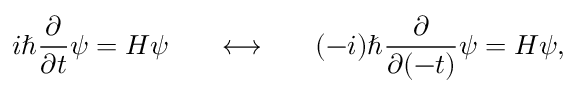
i \hbar \frac { \partial } { \partial t } \psi = { \cal H } \psi \ \ \ \ \ \longleftrightarrow \ \ \ \ \ ( - i ) \hbar \frac { \partial } { \partial ( - t ) } \psi = { \cal H } \psi ,